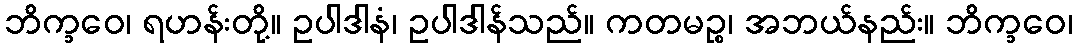
ဘိက္ခဝေ၊ ရဟန်းတို့။ ဥပါဒါနံ၊ ဥပါဒါန်သည်။ ကတမဉ္စ၊ အဘယ်နည်း။ ဘိက္ခဝေ၊